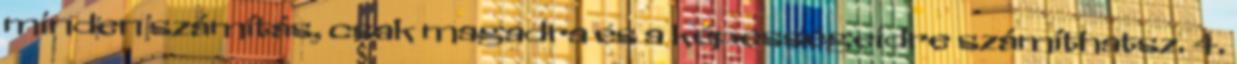
minden számítás, csak magadra és a képességeidre számíthatsz. 4.